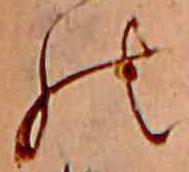
の